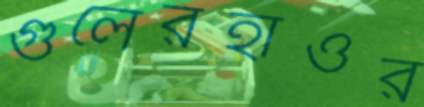
গুলেরহাওর